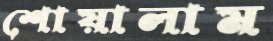
শোয়ালাম